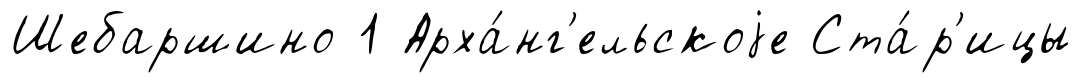
Шебаршино 1 Арха́нг'ельскоjе Ста́р'ицы